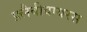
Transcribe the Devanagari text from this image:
फ़्लैवीवायरस